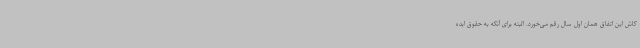
کاش این اتفاق همان اول سال رقم می‌خورد. البته برای آنکه به حقوق ایده